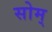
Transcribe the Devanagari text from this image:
सोम्